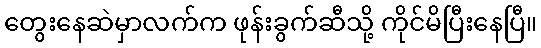
တွေးနေဆဲမှာလက်က ဖုန်းခွက်ဆီသို့ ကိုင်မိပြီးနေပြီ။